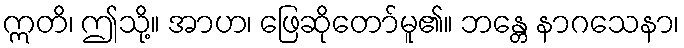
ဣတိ၊ ဤသို့။ အာဟ၊ ဖြေဆိုတော်မူ၏။ ဘန္တေ နာဂသေနာ၊